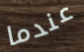
عندما